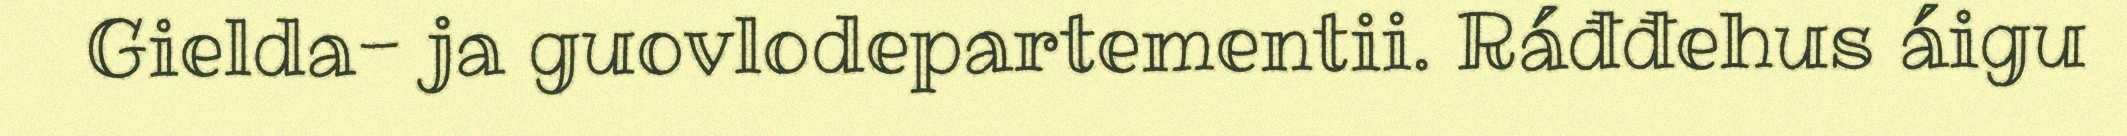
Gielda- ja guovlodepartementii. Ráđđehus áigu